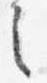
之